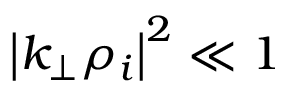
\left| k _ { \perp } \rho _ { i } \right| ^ { 2 } \ll 1